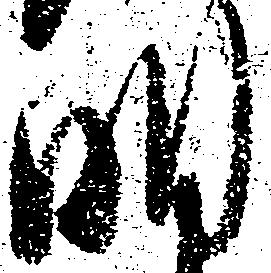
明